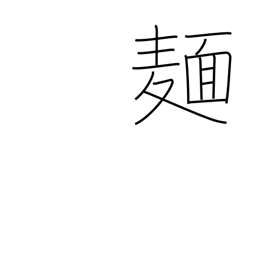
Meaning: noodles